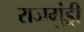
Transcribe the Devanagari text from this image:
राजमुंड्री